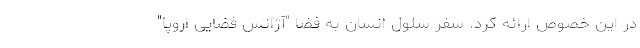
در این خصوص ارائه کرد. سفر سلول انسان به فضا "آژانس فضایی اروپا"